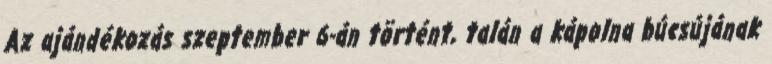
Az ajándékozás szeptember 6-án történt, talán a kápolna búcsújának